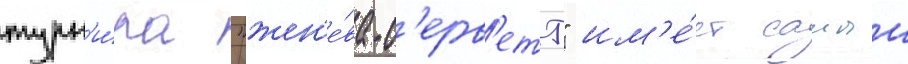
турн'и́ра "жен'е́ва-с'ерв'етт" им'е́ет самыи